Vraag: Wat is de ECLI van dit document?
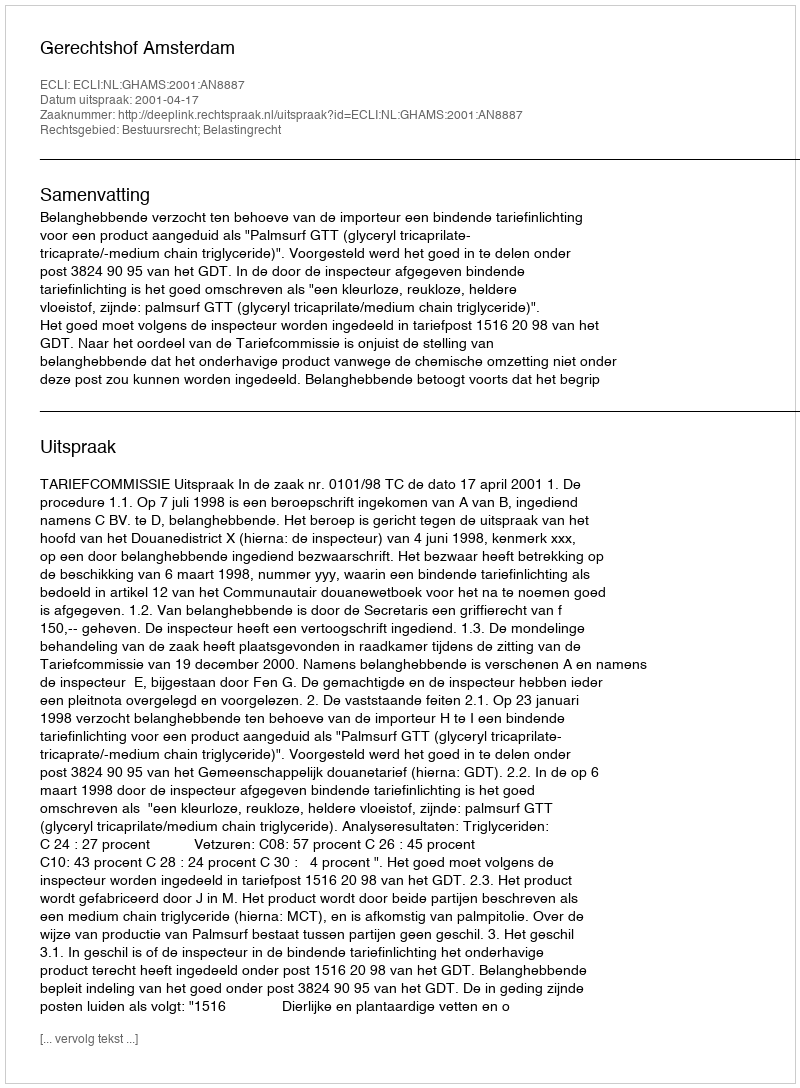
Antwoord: ECLI:NL:GHAMS:2001:AN8887